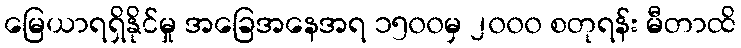
မြေယာရရှိနိုင်မှု အခြေအနေအရ ၁၅၀၀မှ ၂၀၀၀ စတုရန်း မီတာထိ